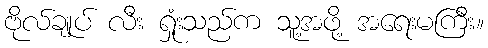
ဗိုလ်ချုပ် လီး ရှုံးသည်က သူ့အဖို့ အရေးမကြီး။